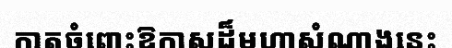
កាតចំពោះឱកាសដ៏មហាសំណាងនេះ